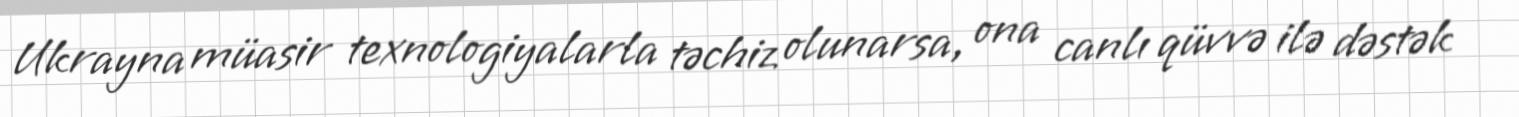
Ukrayna müasir texnologiyalarla təchiz olunarsa, ona canlı qüvvə ilə dəstək